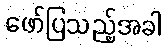
ဖော်ပြသည့်အခါ